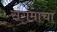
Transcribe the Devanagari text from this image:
संगमाचा